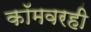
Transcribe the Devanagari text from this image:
कॉमवरही